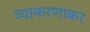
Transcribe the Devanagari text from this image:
व्याकरणाकर